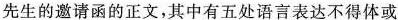
先生的邀请函的正文，其中有五处语言表达不得体或